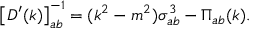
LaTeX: \big [ D ^ { \prime } ( k ) \big ] _ { a b } ^ { - 1 } = ( k ^ { 2 } - m ^ { 2 } ) \sigma _ { a b } ^ { 3 } - \Pi _ { a b } ( k ) .